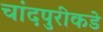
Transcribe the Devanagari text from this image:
चांदपुरीकडे